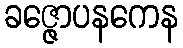
ခဇ္ဇောပနကေန